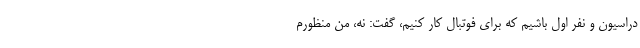
دراسیون و نفر اول باشیم که برای فوتبال کار کنیم، گفت: نه، من منظورم